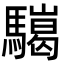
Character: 𩦏